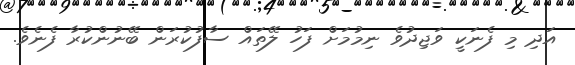
އަދި މި ފެނަކީ ވަޖިދުވެ ނިމުމަށް ފަހު ލޭތައް ސާފުކުރަން ބޭނުންކުރާ ފެނެވެ.